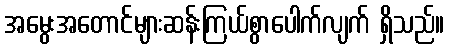
အမွေးအတောင်များဆန်းကြယ်စွာပေါက်လျက် ရှိသည်။